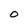
Character: O